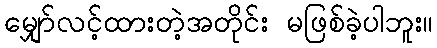
မျှော်လင့်ထားတဲ့အတိုင်း မဖြစ်ခဲ့ပါဘူး။